Document type: Inventory
Year: 1295
Scribe: Pere Marc
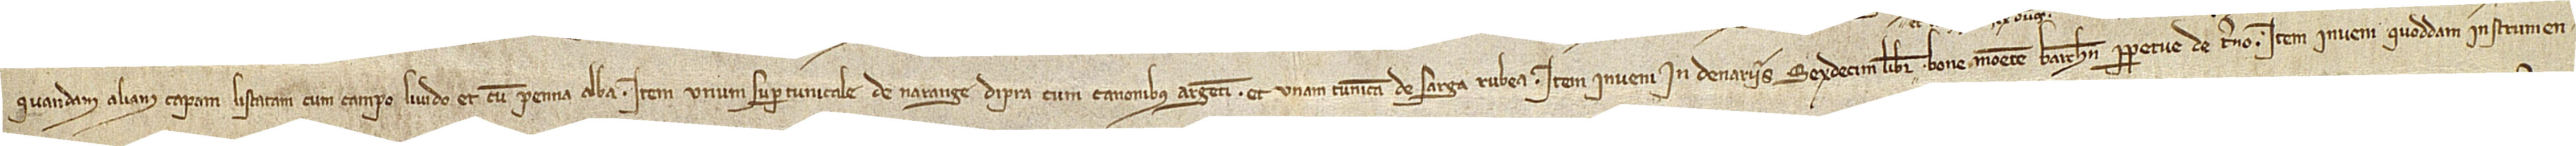
/ quandam aliam capam listatam cum campo livido et cum penna alba; item, unum supertunicale de narange d’Ipra cum canonibus argenti, et unam tunicam de sarga rubea. Item, inveni in denariis sexdecim libras bone monete Barchinone perpetue de terno. Item, inveni quoddam instrumen-